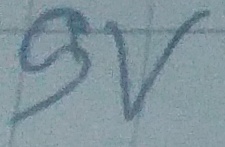
Text: 9V